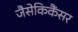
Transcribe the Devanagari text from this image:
जैसेकिकैंसर